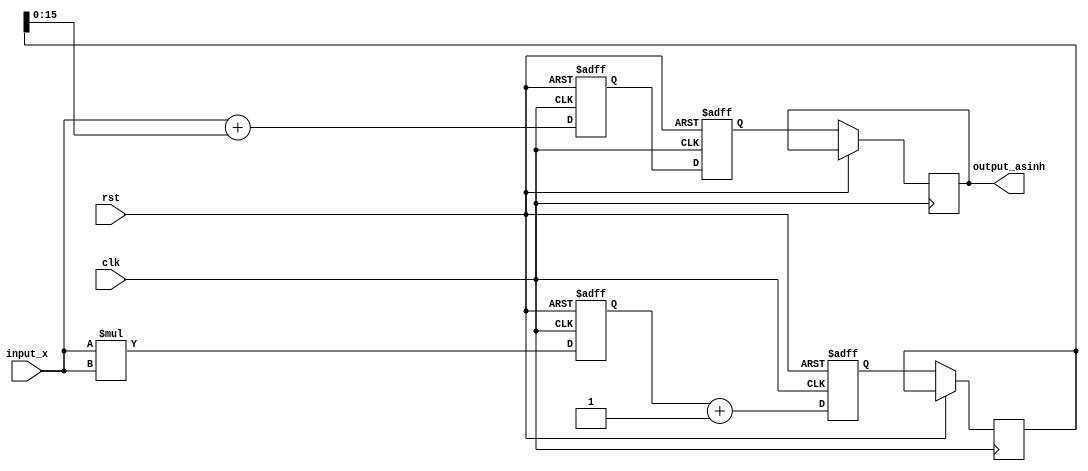
module asinh (
    input signed [15:0] input_x,  // 16-bit signed fixed-point input
    output reg signed [15:0] output_asinh, // 16-bit signed fixed-point output
    input clk,
    input rst
);

    // Internal signals
    reg signed [31:0] x_squared; // 32-bit for x^2
    reg signed [31:0] sqrt_term;  // 32-bit for sqrt(x^2 + 1)
    reg signed [31:0] log_term;   // 32-bit for x + sqrt(x^2 + 1)
    reg signed [31:0] sqrt_result; // Result of square root
    reg signed [31:0] ln_result;   // Result of logarithm

    // Square calculation
    always @(posedge clk or posedge rst) begin
        if (rst) begin
            x_squared <= 0;
        end else begin
            x_squared <= input_x * input_x; // x^2
        end
    end

    // Square root and logarithm calculation
    always @(posedge clk or posedge rst) begin
        if (rst) begin
            sqrt_term <= 0;
            log_term <= 0;
            ln_result <= 0;
        end else begin
            // Calculate sqrt(x^2 + 1)
            sqrt_term <= x_squared + 32'd1; // x^2 + 1
            sqrt_result <= sqrt(sqrt_term); // Call to sqrt function (to be implemented)

            // Calculate x + sqrt(x^2 + 1)
            log_term <= input_x + sqrt_result; // x + sqrt(x^2 + 1)

            // Calculate ln(x + sqrt(x^2 + 1))
            ln_result <= ln(log_term); // Call to ln function (to be implemented)

            // Assign output
            output_asinh <= ln_result[15:0]; // Truncate or round as necessary
        end
    end

    // Placeholder for square root function
    function signed [31:0] sqrt(input signed [31:0] value);
        // Implement square root calculation (e.g., CORDIC, Newton-Raphson, etc.)
        // This is a placeholder; actual implementation needed
        sqrt = value; // Replace with actual square root logic
    endfunction

    // Placeholder for logarithm function
    function signed [31:0] ln(input signed [31:0] value);
        // Implement logarithm calculation (e.g., CORDIC, lookup table, etc.)
        // This is a placeholder; actual implementation needed
        ln = value; // Replace with actual logarithm logic
    endfunction

endmodule